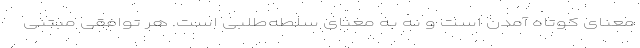
معنای کوتاه آمدن است و نه به معنای سلطه‌طلبی است. هر توافقی مبتنی